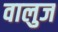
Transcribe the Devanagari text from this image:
वालुज